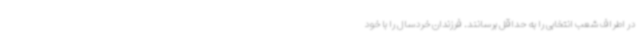
در اطراف شعب انتخابی را به حداقل برسانند. فرزندان خردسال را با خود